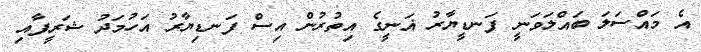
އެ މައްސަލަ ބައްލަވަނީ ފަނޑީޔާރު ޣަނީގެ އިތުރުން އިސް ފަނޑިޔާރު އަހުމަދު ޝަރީފާއި